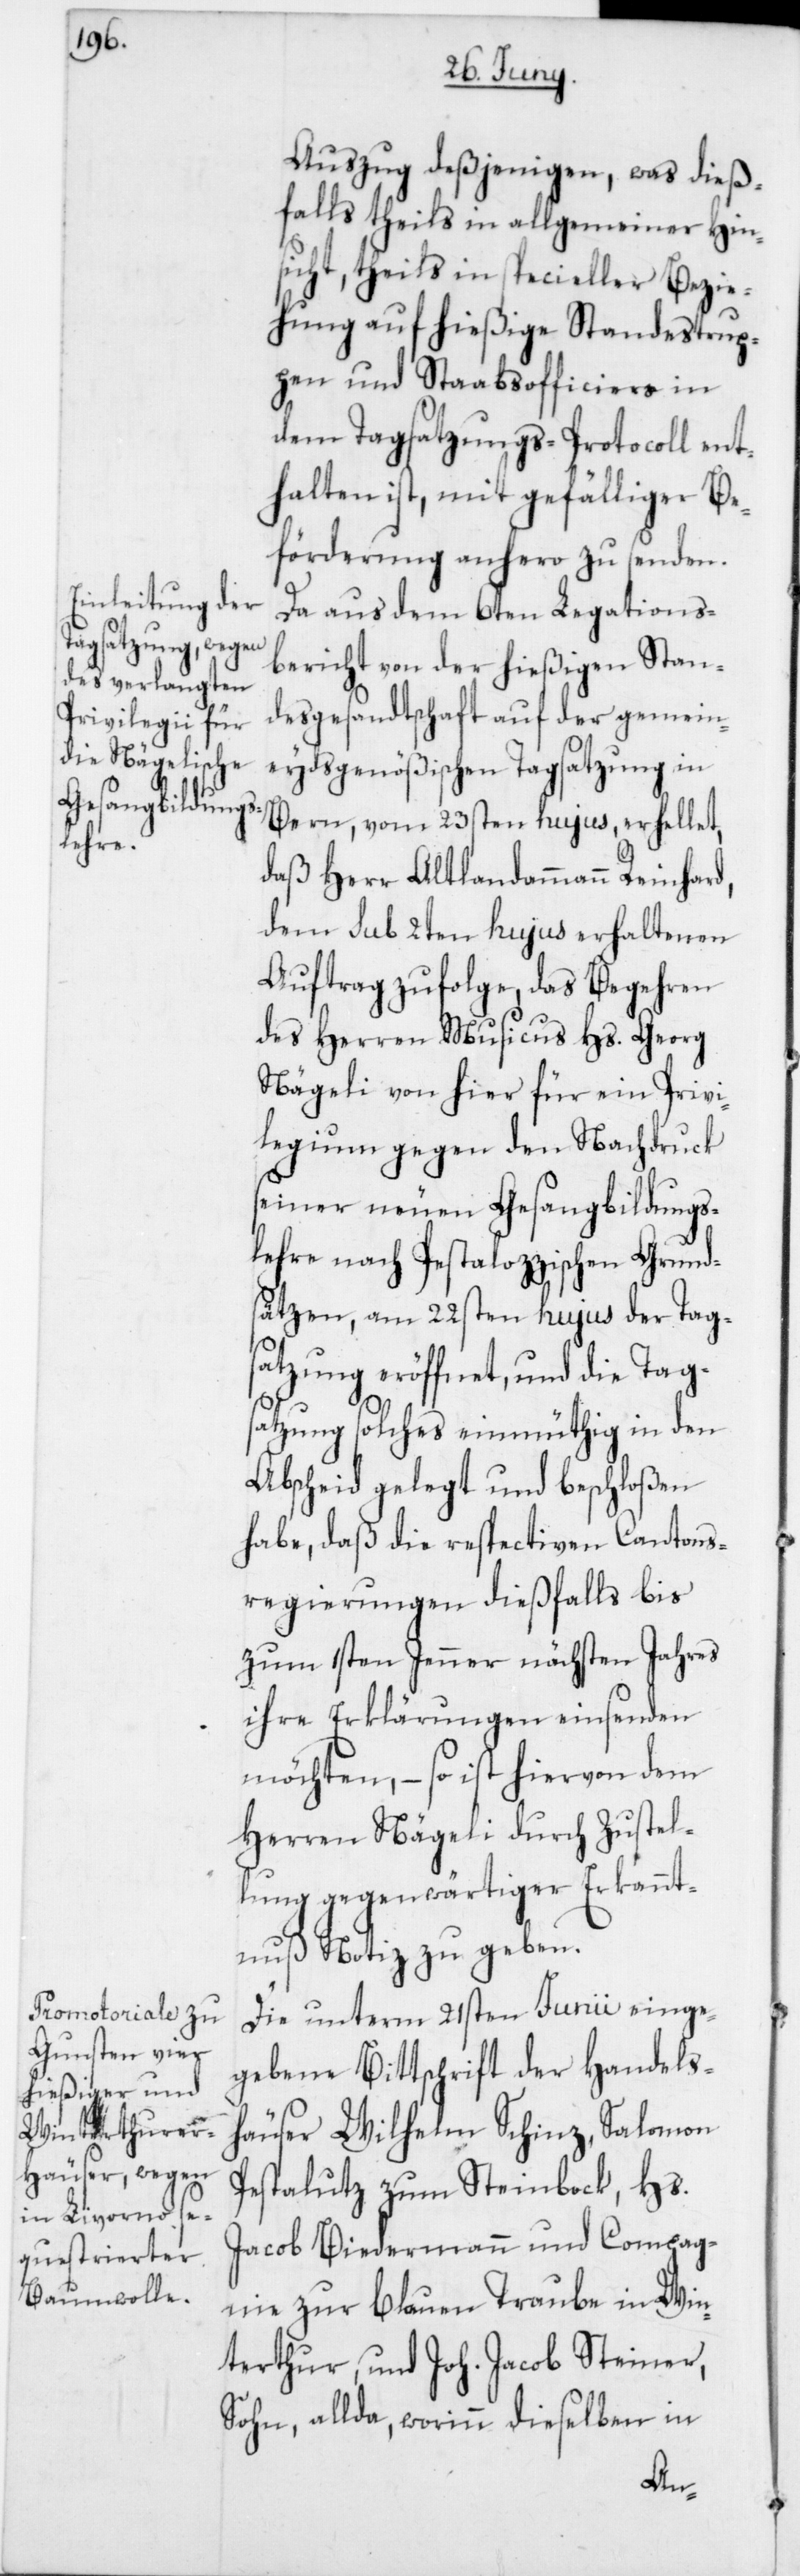
Auszug deßjenigen, was dieß¬
falls theils in allgemeiner Hin¬
sicht, theils in specieller Bezie¬
hung auf hießige Standestrup¬
pen und Stabsofficiers in
dem Tagsatzungs-Protocoll ent¬
halten ist, mit gefälliger Be¬
förderung anhero zu senden.
Da aus dem 6ten Legations¬
bericht von der hießigen Stan¬
desgesandtschaft auf der gemein¬
eydsgenößischen Tagsatzung in
Bern, vom 23sten hujus erhellet,
daß Herr Altlandammann Reinhard,
dem sub 2ten hujus erhaltenen
Auftrag zufolge, das Begehren
des Herren Musicus Hs. Georg
Nägeli von hier für ein Privi¬
legium gegen den Nachdruck
seiner neuen Gesangsbildungs¬
lehre nach Pestalozzischen Grund¬
sätzen, am 22sten hujus der Tags¬
atzung eröffnet, und die Tag¬
satzung solches einmüthig in den
Abscheid gelegt und beschloßen
habe, daß die respectiven Cantons¬
regierungen dießfalls bis
zum 1sten Jenner nächsten Jahres
ihre Erklärungen einsenden
möchten, – so ist hiervon dem
Herren Nägeli durch Zustel¬
lung gegenwärtiger Erkannt¬
nuß Notiz zu geben.
Die unterm 21sten Junii einge¬
gebene Bittschrift der Handels¬
häuser Wilhelm Schinz, Salomon
Pestalutz zum Steinbock, Hs.
Jacob Biedermann und Compag¬
nie zur Blauen Traube in Win¬
terthur, und Joh. Jacob Steiner,
Sohn allda, worinn dieselben in